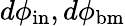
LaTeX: d\phi_{\mathrm{in}},d\phi_{\mathrm{bm}}